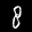
Label: 8